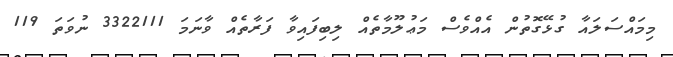
މިމައްސަލައާ ގުޅޭގޮތުން އެއްވެސް މަޢުލޫމާތެއް ލިބިފައިވާ ފަރާތެއް ވާނަމަ 3322111 ނުވަތަ 119